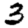
Digit: 3